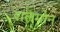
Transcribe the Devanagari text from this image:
शलमोन